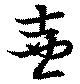
壺